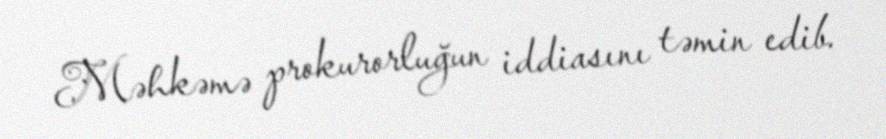
Məhkəmə prokurorluğun iddiasını təmin edib.